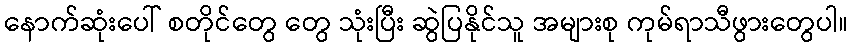
နောက်ဆုံးပေါ် စတိုင်တွေ တွေ သုံးပြီး ဆွဲပြနိုင်သူ အများစု ကုမ်ရာသီဖွားတွေပါ။